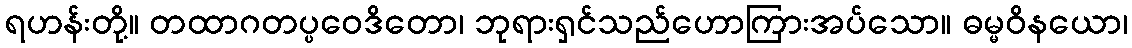
ရဟန်းတို့။ တထာဂတပ္ပဝေဒိတော၊ ဘုရားရှင်သည်ဟောကြားအပ်သော။ ဓမ္မဝိနယော၊